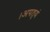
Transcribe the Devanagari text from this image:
।अपत्यं